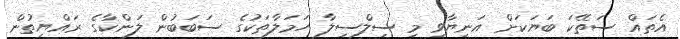
އެތައް ސަތޭކަ ބަޔަކަށް އަނިޔާވި މި ސިލްސިލާ ހަމަލާތަކުގެ ސަބަބުން ލަންކާގެ ރައްޔިތުން